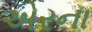
એરના